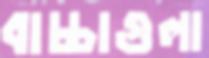
বাচ্চাগুলা